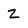
Character: 2